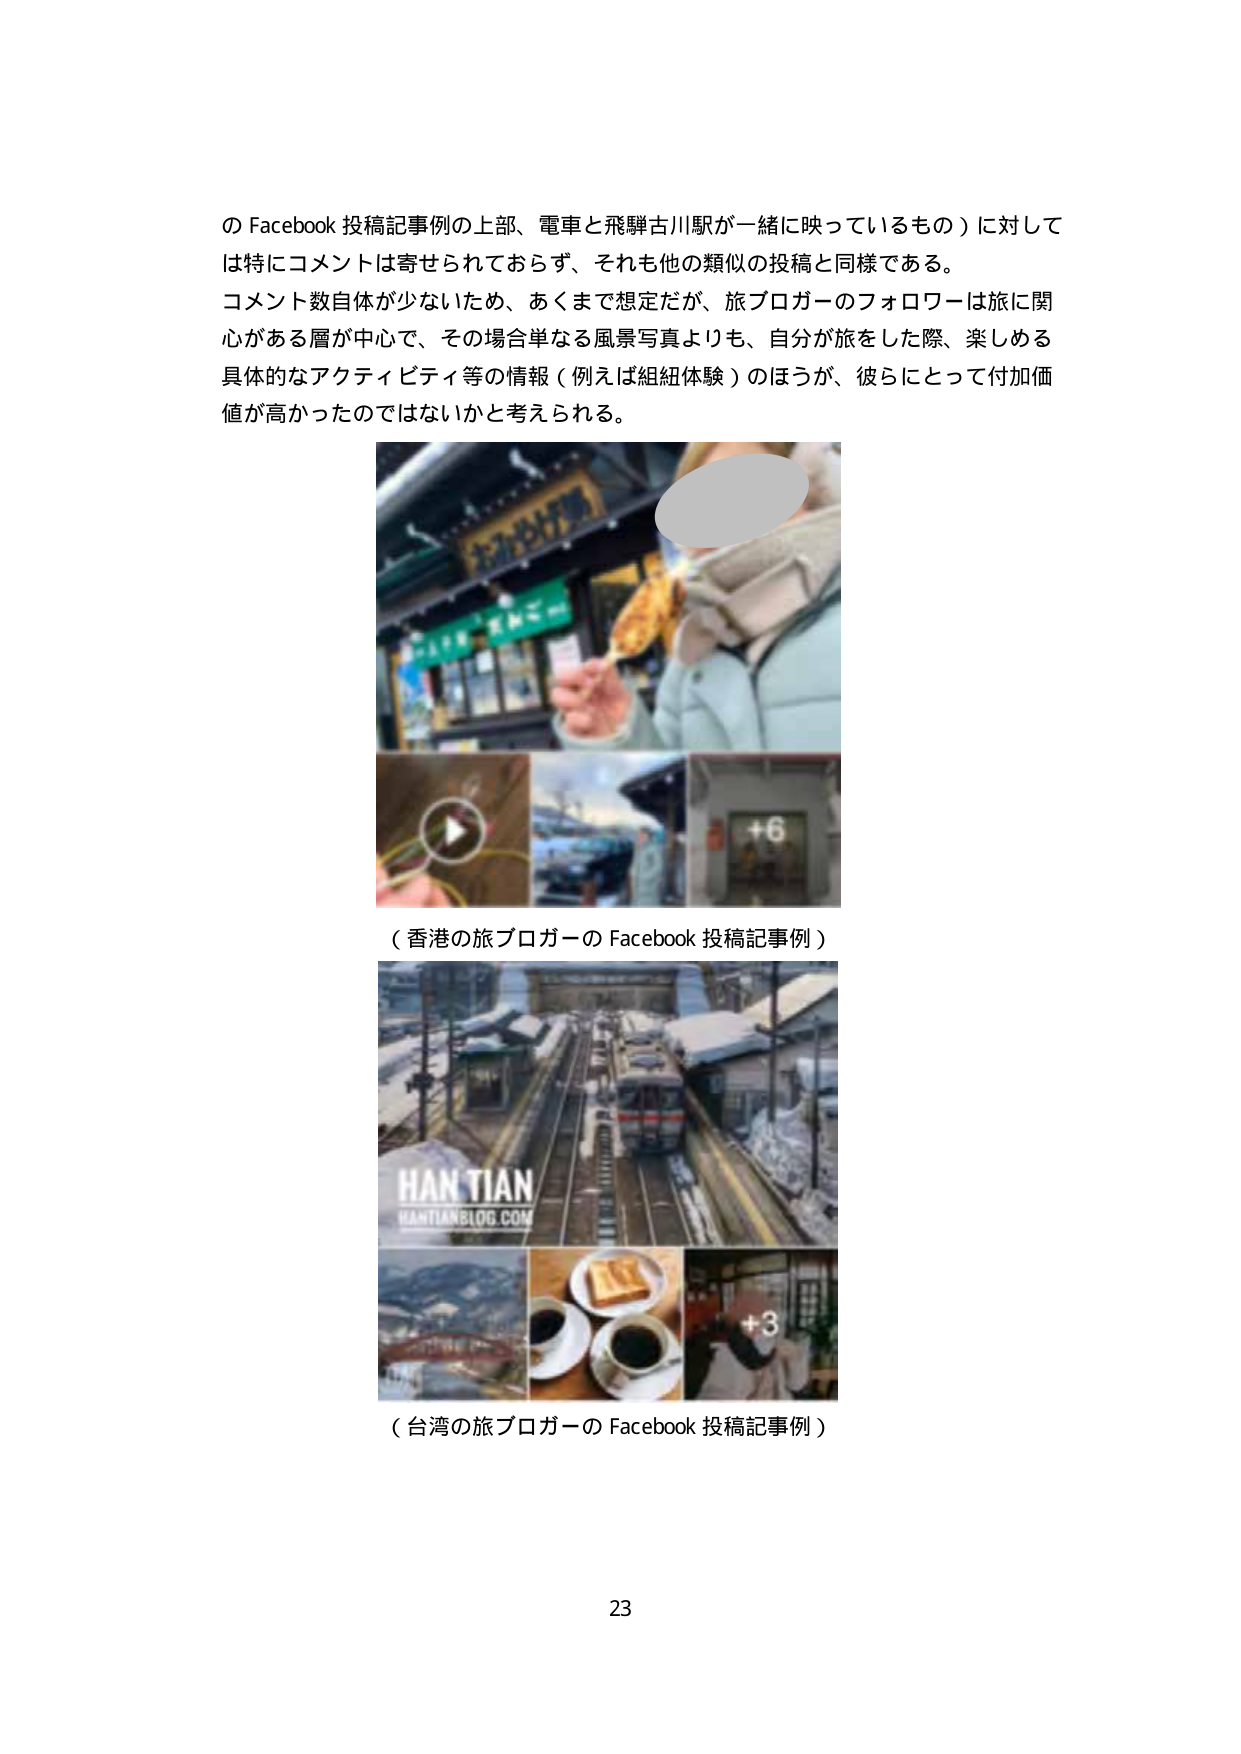
の Facebook 投稿記事例の上部、電車と飛騨古川駅が一緒に映っているもの）に対して
は特にコメントは寄せられておらず、それも他の類似の投稿と同様である。
コメント数自体が少ないため、あくまで想定だが、旅ブロガーのフォロワーは旅に関
心がある層が中心で、その場合単なる風景写真よりも、自分が旅をした際、楽しめる
具体的なアクティビティ等の情報（例えば組紐体験）のほうが、彼らにとって付加価
値が高かったのではないかと考えられる。

（香港の旅ブロガーの Facebook 投稿記事例）

（台湾の旅ブロガーの Facebook 投稿記事例）

23